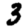
Digit: 3